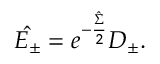
\hat { E _ { \pm } } = e ^ { - \frac { \hat { \Sigma } } { 2 } } D _ { \pm } .